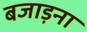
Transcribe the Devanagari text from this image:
बजाड़ना